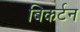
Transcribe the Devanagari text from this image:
बिकर्टन